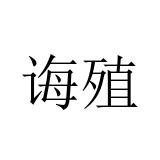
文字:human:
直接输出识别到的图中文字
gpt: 诲殖